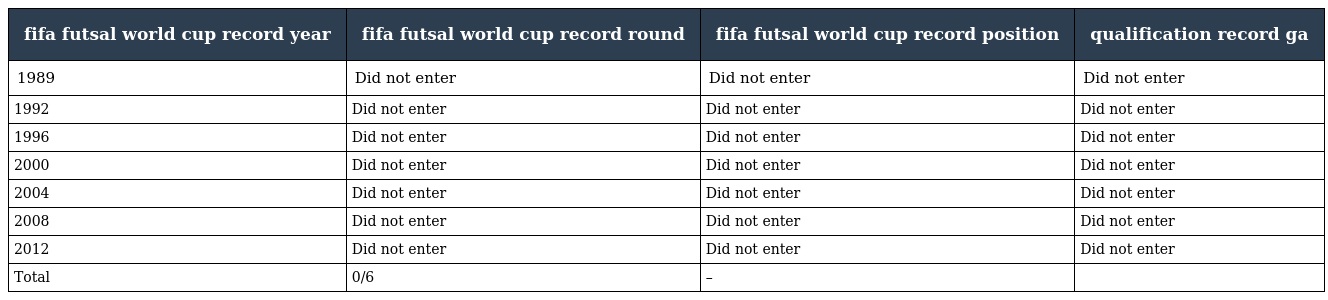
| fifa futsal world cup record year | fifa futsal world cup record round | fifa futsal world cup record position | qualification record ga |
 | --- | --- | --- | --- |
 | 1989 | Did not enter | Did not enter | Did not enter |
 | 1992 | Did not enter | Did not enter | Did not enter |
 | 1996 | Did not enter | Did not enter | Did not enter |
 | 2000 | Did not enter | Did not enter | Did not enter |
 | 2004 | Did not enter | Did not enter | Did not enter |
 | 2008 | Did not enter | Did not enter | Did not enter |
 | 2012 | Did not enter | Did not enter | Did not enter |
 | Total | 0/6 | – |  |